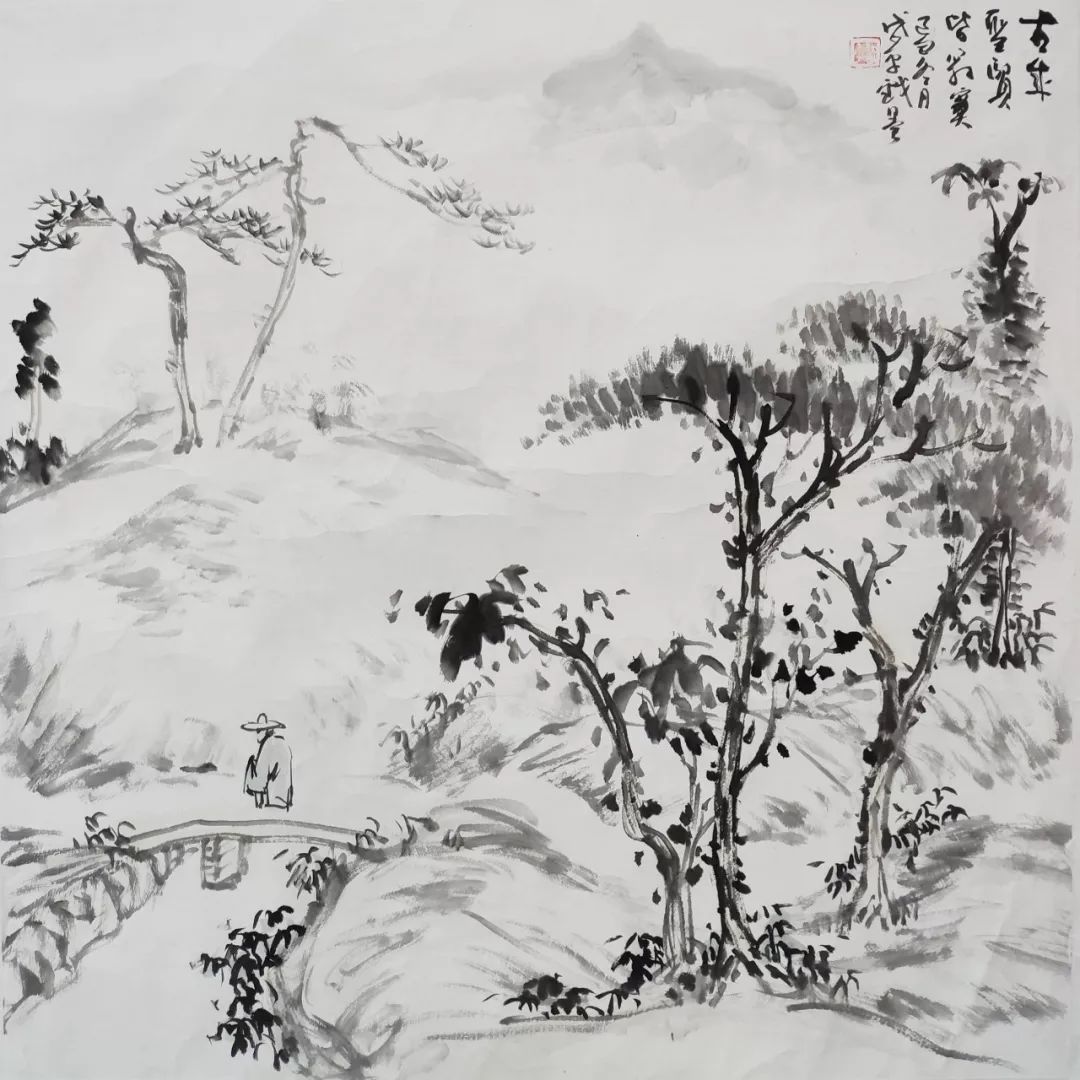
龙蟠虎踞金陵郡，古来六代豪华盛。